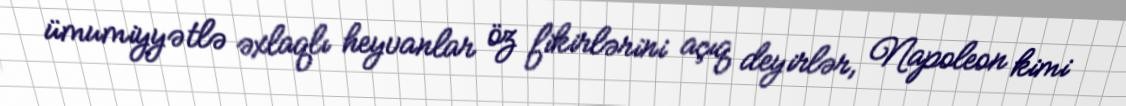
ümumiyyətlə əxlaqlı heyvanlar öz fikirlərini açıq deyirlər, Napoleon kimi